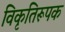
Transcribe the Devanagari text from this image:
विकृतिरूपक